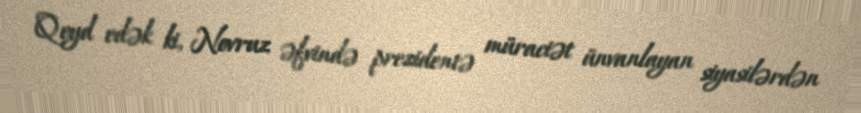
Qeyd edək ki, Novruz əfvində prezidentə müraciət ünvanlayan siyasilərdən